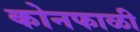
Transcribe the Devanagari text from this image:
कोनफाळी